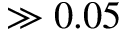
\gg 0 . 0 5